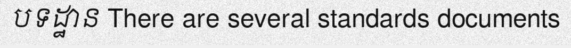
បទដ្ឋាន There are several standards documents